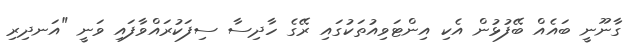
ގާނޫނީ ބައެއް ބޭފުޅުން އެކި އިންޓަވިއުތަކުގައި ރޭގެ ހާދިސާ ސިފަކުރައްވާފައި ވަނީ "އަނދިރި